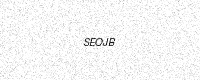
Text: SEOJB